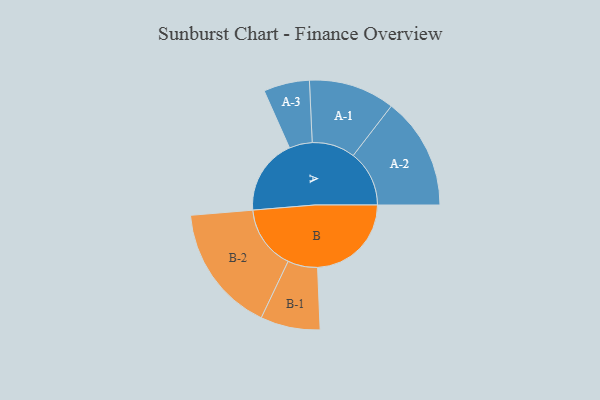
{"axis": {"x": "Segment", "y": "Value"}, "legend": ["", "A", "B"], "data": [{"x": "A", "y": 343, "type": ""}, {"x": "B", "y": 425, "type": ""}, {"x": "A-1", "y": 195, "type": "A"}, {"x": "A-2", "y": 254, "type": "A"}, {"x": "A-3", "y": 104, "type": "A"}, {"x": "B-1", "y": 135, "type": "B"}, {"x": "B-2", "y": 290, "type": "B"}]}